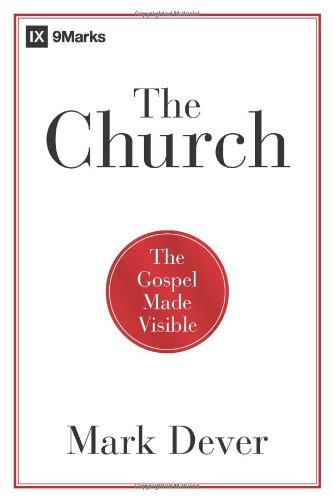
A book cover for The Church: The Gospel Made Visible (9Marks); Mark Dever; Christian Books & Bibles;